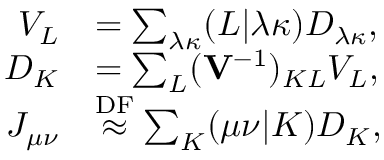
\begin{array} { r l } { V _ { L } } & { = \sum _ { \lambda \kappa } ( L \vert \lambda \kappa ) D _ { \lambda \kappa } , } \\ { D _ { K } } & { = \sum _ { L } ( \ensuremath \mathbf { V } ^ { - 1 } ) _ { K L } V _ { L } , } \\ { J _ { \mu \nu } } & { \overset { \mathrm { D F } } { \approx } \sum _ { K } ( \mu \nu \vert K ) D _ { K } , } \end{array}